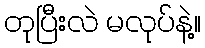
တုပြီးလဲ မလုပ်နဲ့။